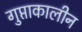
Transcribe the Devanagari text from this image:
गुप्ताकालीन